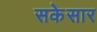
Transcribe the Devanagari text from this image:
सकेसार